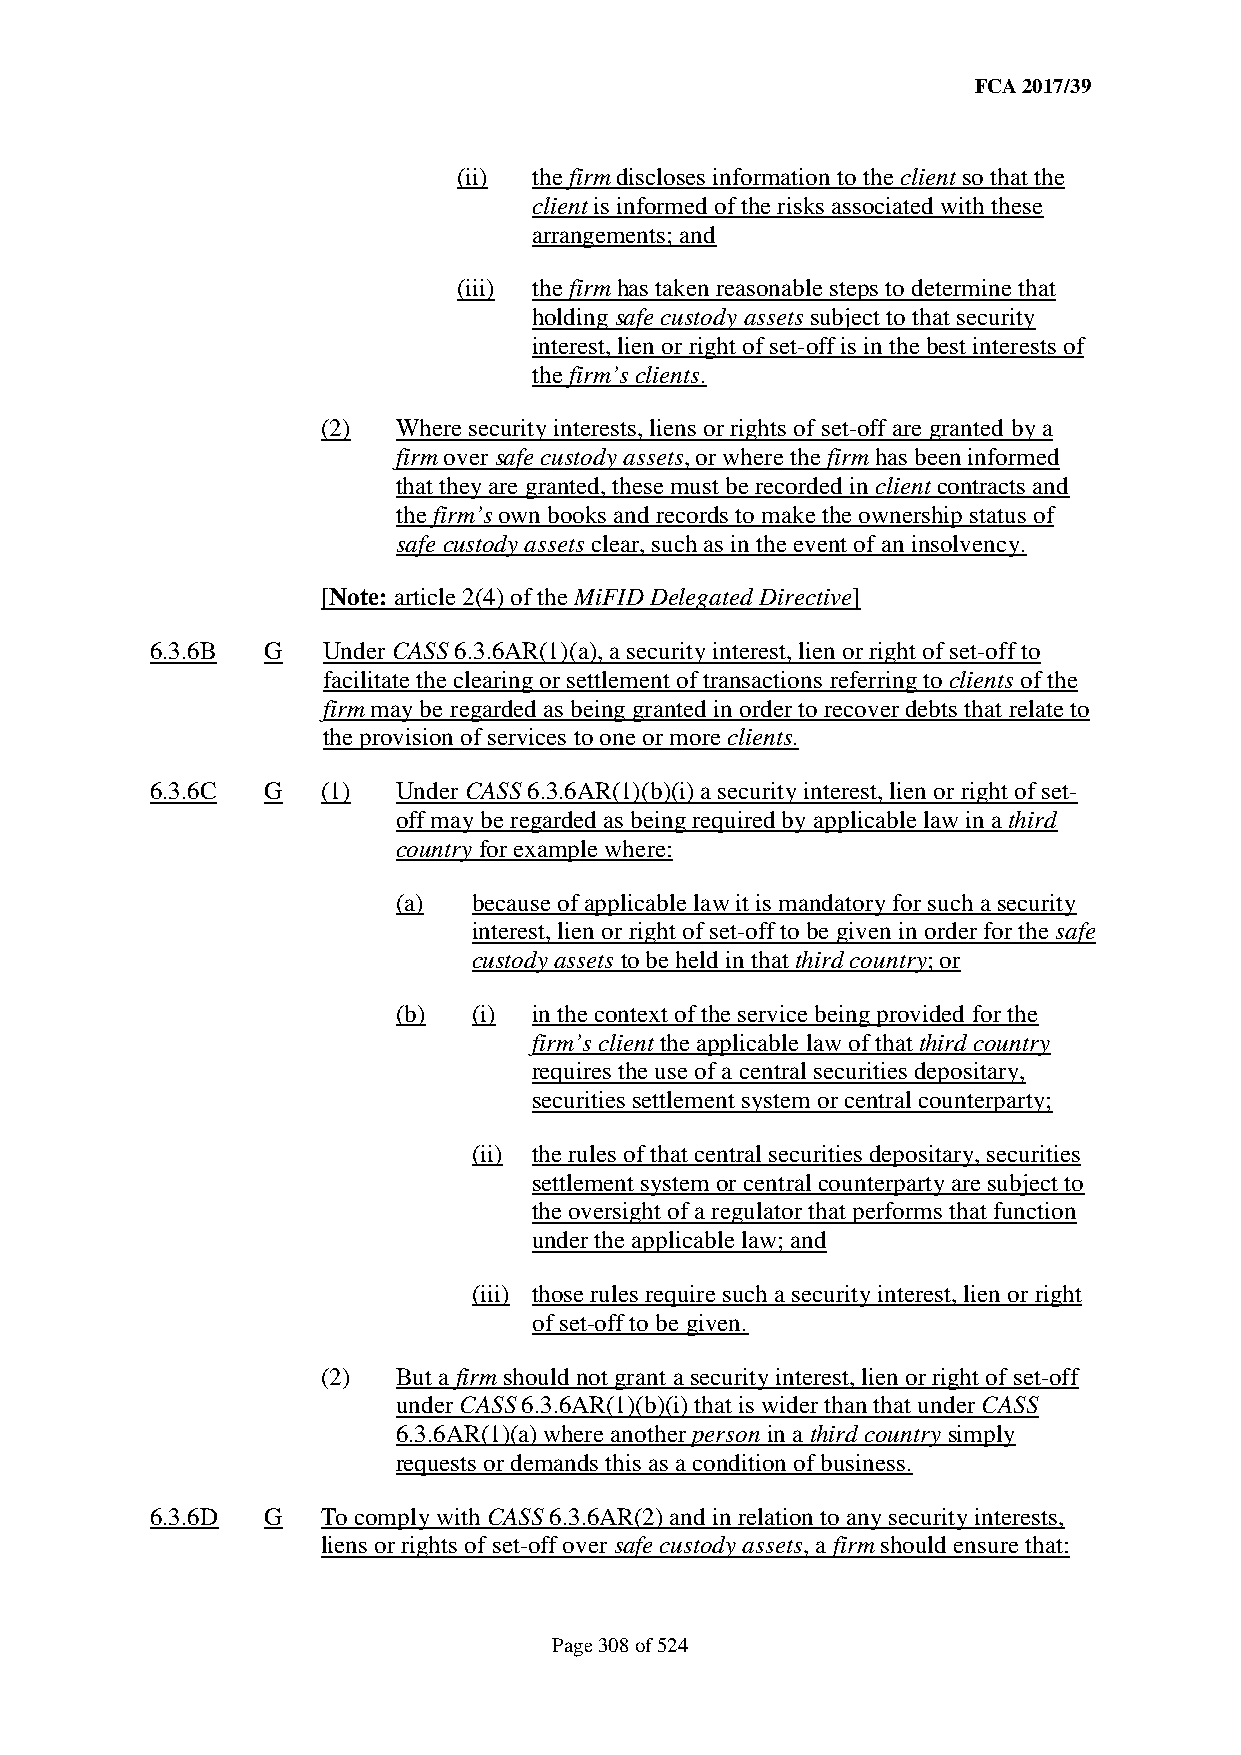
FCA 2017/39
 (ii) the firm discloses information to the client so that the
 client is informed of the risks associated with these
 arrangements; and
 (iii) the firm has taken reasonable steps to determine that
 holding safe custody assets subject to that security
 interest, lien or right of set-off is in the best interests of
 the firm’s clients.
 (2)  Where security interests, liens or rights of set-off are granted by a
 firm over safe custody assets, or where the firm has been informed
 that they are granted, these must be recorded in client contracts and
 the firm’s own books and records to make the ownership status of
 safe custody assets clear, such as in the event of an insolvency.
 [Note: article 2(4) of the MiFID Delegated Directive]
 6.3.6B G   Under CASS 6.3.6AR(1)(a), a security interest, lien or right of set-off to
 facilitate the clearing or settlement of transactions referring to clients of the
 firm may be regarded as being granted in order to recover debts that relate to
 the provision of services to one or more clients.
 6.3.6C G   (1)  Under CASS 6.3.6AR(1)(b)(i) a security interest, lien or right of set-
 off may be regarded as being required by applicable law in a third
 country for example where:
 (a)  because of applicable law it is mandatory for such a security
 interest, lien or right of set-off to be given in order for the safe
 custody assets to be held in that third country; or
 (b)  (i) in the context of the service being provided for the
 firm’s client the applicable law of that third country
 requires the use of a central securities depositary,
 securities settlement system or central counterparty;
 (ii) the rules of that central securities depositary, securities
 settlement system or central counterparty are subject to
 the oversight of a regulator that performs that function
 under the applicable law; and
 (iii) those rules require such a security interest, lien or right
 of set-off to be given.
 (2)  But a firm should not grant a security interest, lien or right of set-off
 under CASS 6.3.6AR(1)(b)(i) that is wider than that under CASS
 6.3.6AR(1)(a) where another person in a third country simply
 requests or demands this as a condition of business.
 6.3.6D G   To comply with CASS 6.3.6AR(2) and in relation to any security interests,
 liens or rights of set-off over safe custody assets, a firm should ensure that:
 Page 308 of 524